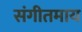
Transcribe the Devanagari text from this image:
संगीतमाय